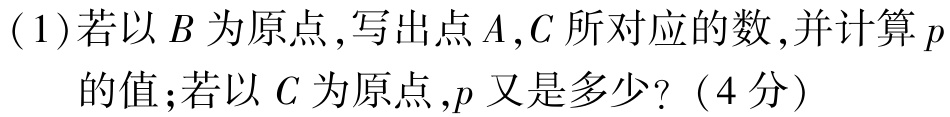
(1)若以\(B\)为原点，写出点\(A,C\)所对应的数，并计算\(p\)的值；若以\(C\)为原点，\(p\)又是多少？（4分）